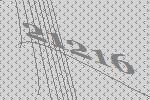
21216